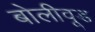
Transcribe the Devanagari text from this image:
बोलीवूड